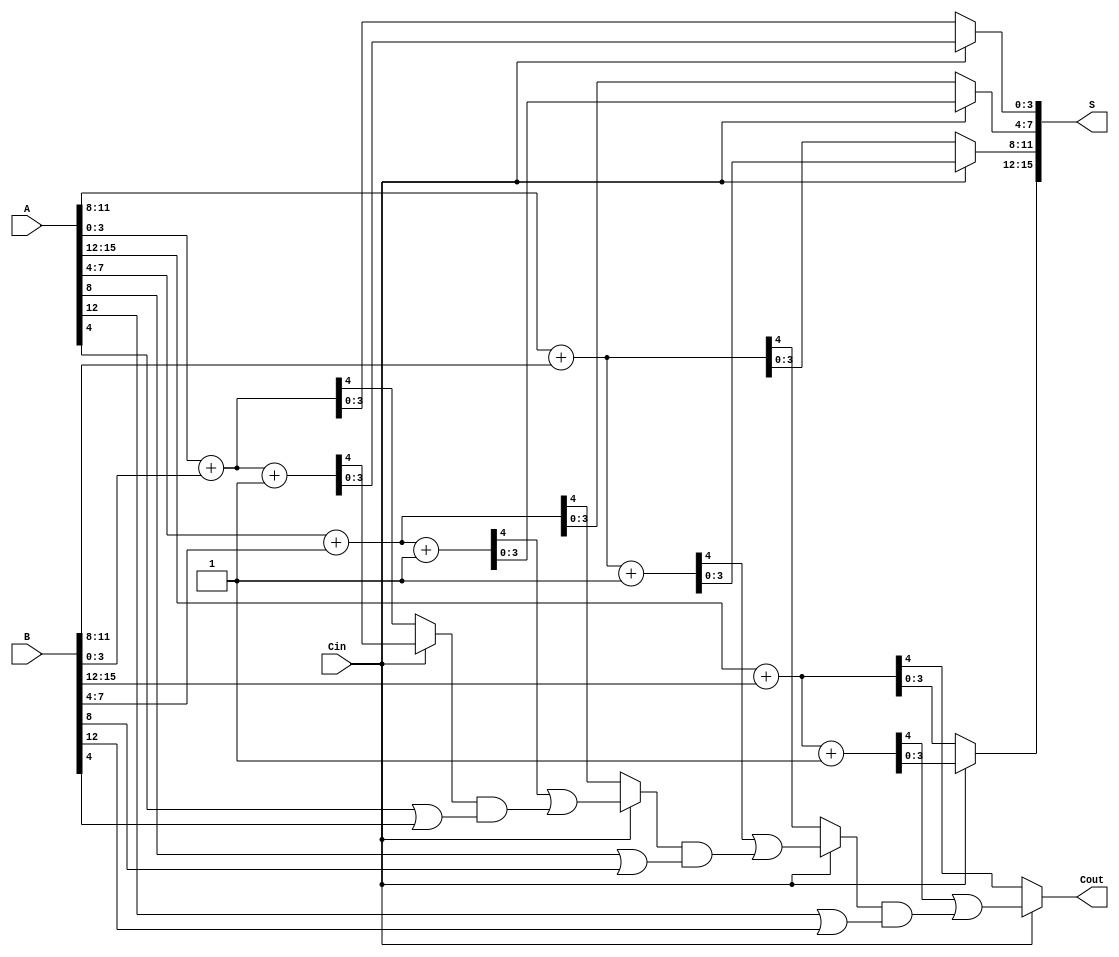
module CarrySelectAdder #(
    parameter n = 16, // Total bit-width
    parameter m = 4   // Segment size
)(
    input [n-1:0] A,   // First operand
    input [n-1:0] B,   // Second operand
    input Cin,         // Carry-in
    output [n-1:0] S,  // Sum output
    output Cout        // Carry-out
);

    // Number of segments
    localparam num_segments = n / m;

    // Intermediate sums and carries
    wire [m-1:0] Sum0 [0:num_segments-1]; // Sums assuming Cin = 0
    wire [m-1:0] Sum1 [0:num_segments-1]; // Sums assuming Cin = 1
    wire C0 [0:num_segments-1];            // Carry-out assuming Cin = 0
    wire C1 [0:num_segments-1];            // Carry-out assuming Cin = 1
    wire [num_segments-1:0] C;              // Carry outputs for MUX selection

    // Generate the segments
    genvar i;
    generate
        for (i = 0; i < num_segments; i = i + 1) begin : segment
            // Calculate the index for the segment
            wire [m-1:0] A_segment = A[(i*m) +: m];
            wire [m-1:0] B_segment = B[(i*m) +: m];

            // Sum and carry assuming Cin = 0
            assign {C0[i], Sum0[i]} = A_segment + B_segment;

            // Sum and carry assuming Cin = 1
            assign {C1[i], Sum1[i]} = A_segment + B_segment + 1'b1;

            // Carry output for MUX selection
            if (i == 0) begin
                assign C[i] = Cin ? C1[i] : C0[i];
            end else begin
                assign C[i] = Cin ? (C1[i] | (C[i-1] & (A_segment | B_segment))) : C0[i];
            end
        end
    endgenerate

    // MUX for final sum selection
    generate
        for (i = 0; i < num_segments; i = i + 1) begin : mux
            assign S[(i*m) +: m] = Cin ? Sum1[i] : Sum0[i];
        end
    endgenerate

    // Final carry-out
    assign Cout = Cin ? C[num_segments-1] : C[num_segments-1];

endmodule